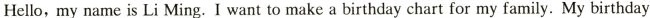
Hello,my name is Li Ming. I want to make a birthday chart for my family. My birthday